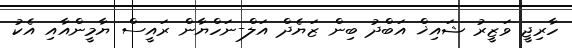
ހާރިޖީ ވަޒީރު ޝައިޚް އަބްދު ބިން ޒަޔެދް އަލް-ނަހްޔާން ރައީސް ޔާމީންއާއި އެކު